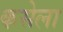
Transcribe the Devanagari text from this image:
कसेला